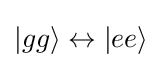
|gg\rangle \leftrightarrow |ee\rangle